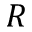
R